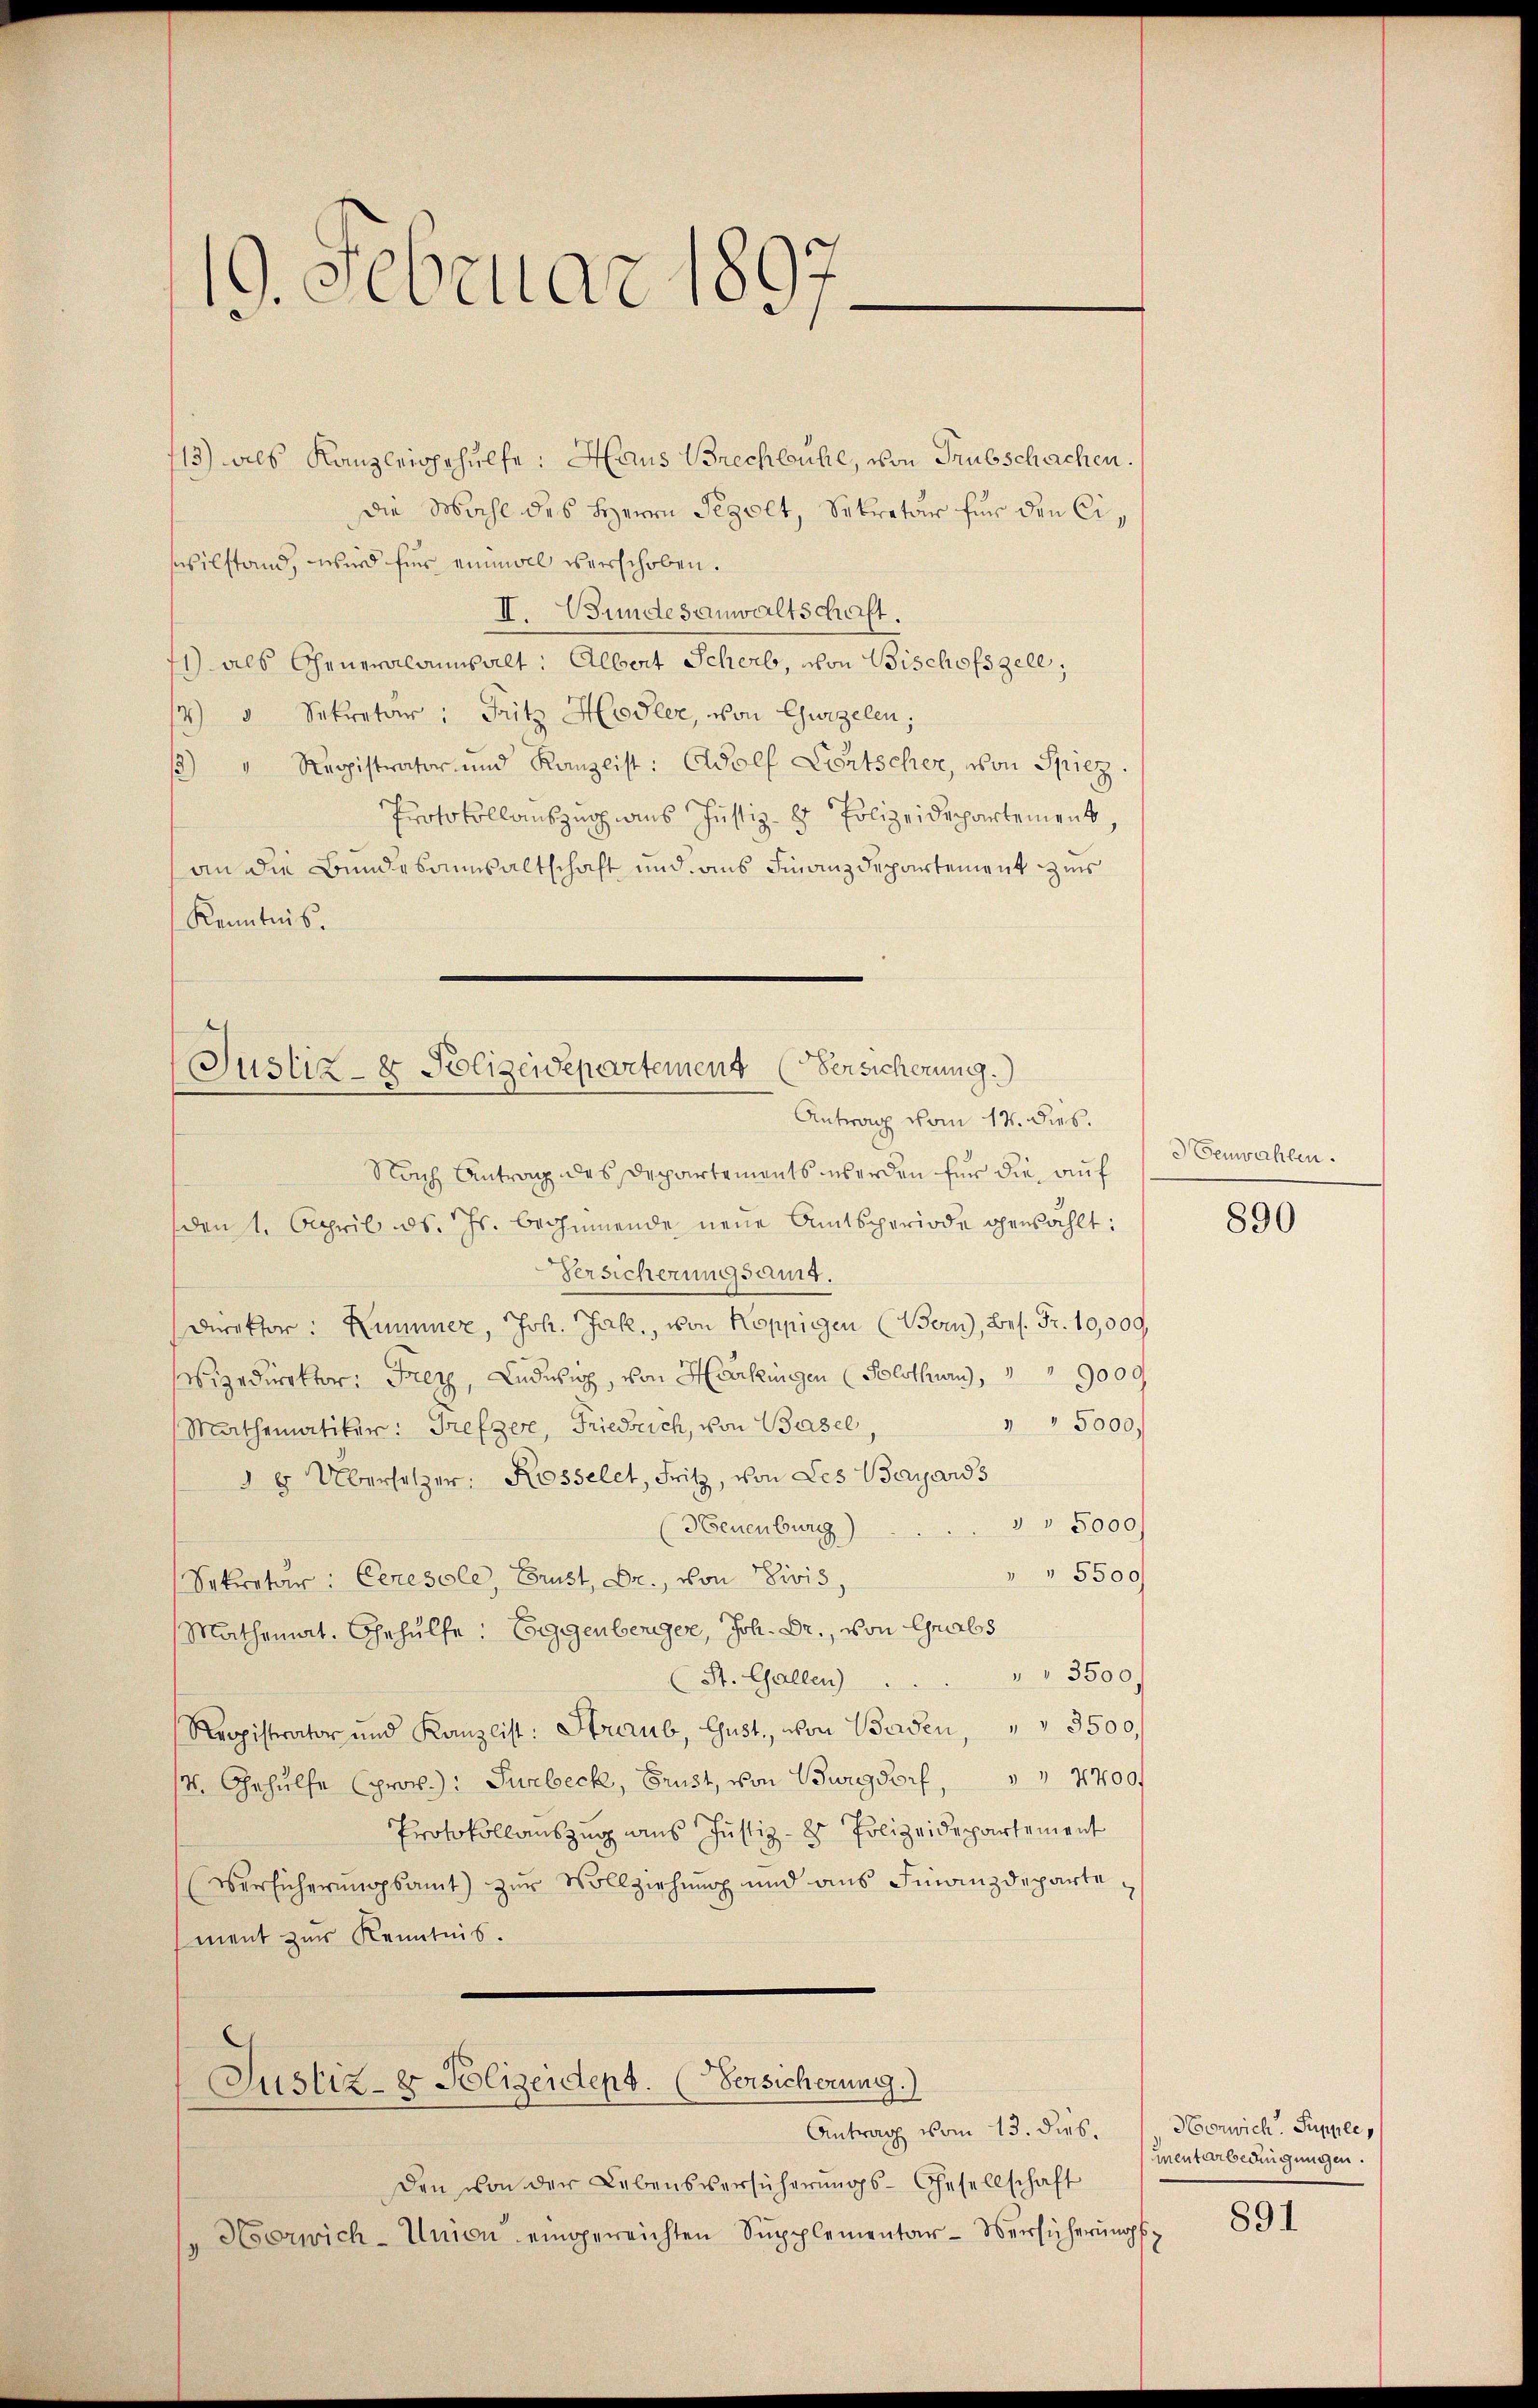
19. Februar 1897.

13) als Kanzleigehülfe: Haus Brechbühl, von Trubschachen.
Die Mahl des Herrn Pegolt, Sekretär für den Cisvilstand, wird für einmal verschoben.
II. Bundesanwaltschaft.
1) als Cheneralansalt: Albert Scheib, von Bischofszell,
/4) " Sekretär: Fritz Hodler, von Gurgelen,
/3) " Registrator und Kanzlist: Adolf Fortscher, von Spiez.
Protokollauszug aus Justiz- & Polizeidepartement,
an die Bundesausaltschaft und aus Finanzdepartement zus
Kenntnis.

Justiz- & Polizeidepartement (Versicherung.)
Antrag vom 14. dies.

Nach Antrag des Departements werden für die auf
(den 1. April ds. Js. beginnende neue Amtsperiode gewählt:
Versicherungsamt.
Direktor: Kummer, Joh. Jak., von Koppigen (Bern, bes. Fr. 10,000,
Wizedirektor: Frey, Ludwig, von Harkingen (Solothur, 9000
 5000.
Mathematiker: Trefzer, Friedrich, von Basel,
8 Übersetzer: Rosselet, Fritz, von Les Weyards
" 5000
(Neuenburg)
 5500
Sekretär: Ceresole, Brust, Dr. von Divis,
Mathemat. Gehülfe: Eggenberger, Joh. Dr., von Grabs
(St. Gallen . . . " " 3500
Kropistrator und Kanzlist: Straub, Gust, von Baden, " " 3500.
4. Gehülfe (prov.): Surbeck, Grust, von Burgdorf, " " 2700
Protokollauszug aus Justiz- & Polizeidepartement
Versicherungsamt zur Vollziehung und ans Finanzdepartement zur Kenntnis.
Justiz- & Polizeidept. (Versicherung.)
Antrag vom 13. dies. Herwich. Suppee,
Den von der Lebensversicherŭngs-Gesellschaft
Hoorwich-Union eingereichten Supplementar-Versicherungs

Benwahlen.

890

mentarbedingungen.

891